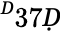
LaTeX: ^Ḋ37Ḍ